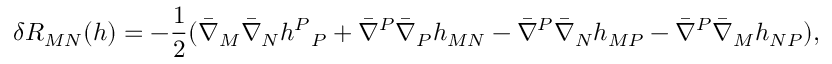
\delta R _ { M N } ( h ) = - { \frac { 1 } { 2 } } ( \bar { \nabla } _ { M } \bar { \nabla } _ { N } h _ { ~ ~ P } ^ { P } + \bar { \nabla } ^ { P } \bar { \nabla } _ { P } h _ { M N } - \bar { \nabla } ^ { P } \bar { \nabla } _ { N } h _ { M P } - \bar { \nabla } ^ { P } \bar { \nabla } _ { M } h _ { N P } ) ,